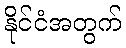
နိုင်ငံအတွက်